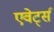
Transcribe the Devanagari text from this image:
एवेर्ट्स